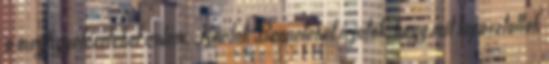
a megfigyeléseteket velem. Kérlek Benneteket írjatok, hogy mit tapasztaltok